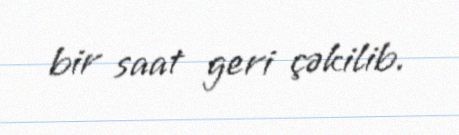
bir saat geri çəkilib.